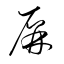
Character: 屏